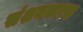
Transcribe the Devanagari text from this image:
संशयकारक